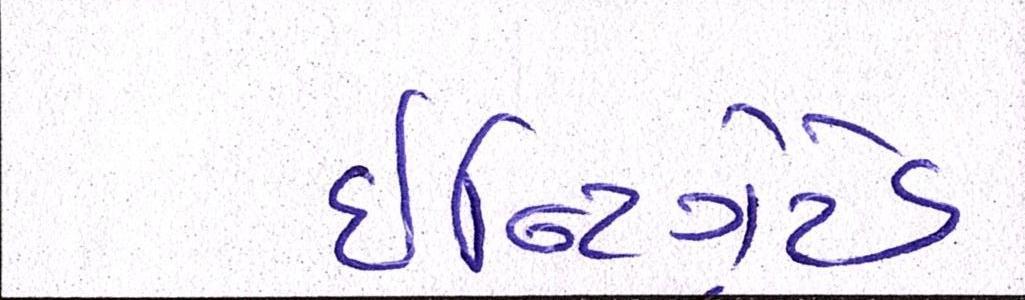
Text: ઇન્ટિગ્રેટેડ